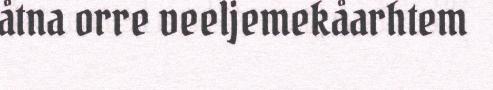
åtna orre veeljemekåarhtem